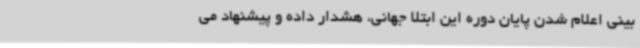
بینی اعلام شدن پایان دوره این ابتلا جهانی، هشدار داده و پیشنهاد می